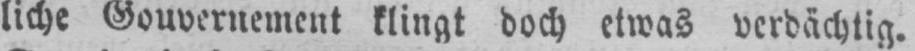
liche Gouvernement klingt doch etwas verdächtig.